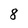
Character: 8